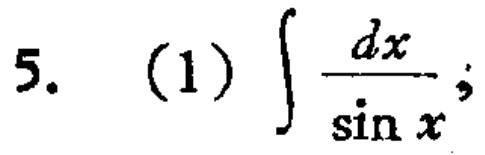
5. (1) $\int \frac{dx}{\sin x}$